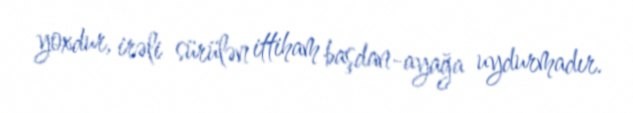
yoxdur, irəli sürülən ittiham başdan-ayağa uydurmadır.